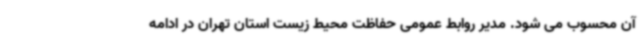
آن محسوب می شود. مدیر روابط عمومی حفاظت محیط زیست استان تهران در ادامه